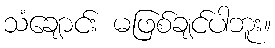
သံချောင်း မဖြစ်ချင်ပါဘူး။